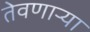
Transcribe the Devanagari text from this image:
तेवणाऱ्या